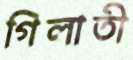
গিলাতী